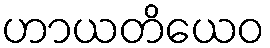
ဟာယတိယေဝ